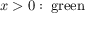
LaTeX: x > 0 : \; { \mathrm { g r e e n } }